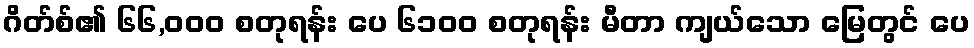
ဂိတ်စ်၏ ၆၆,၀၀၀ စတုရန်း ပေ ၆၁၀၀ စတုရန်း မီတာ ကျယ်သော မြေတွင် ပေ